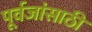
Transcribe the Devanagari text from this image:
पूर्वजांसाठी